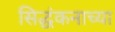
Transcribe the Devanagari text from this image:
सिद्धंकनाच्या